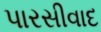
પારસીવાદ